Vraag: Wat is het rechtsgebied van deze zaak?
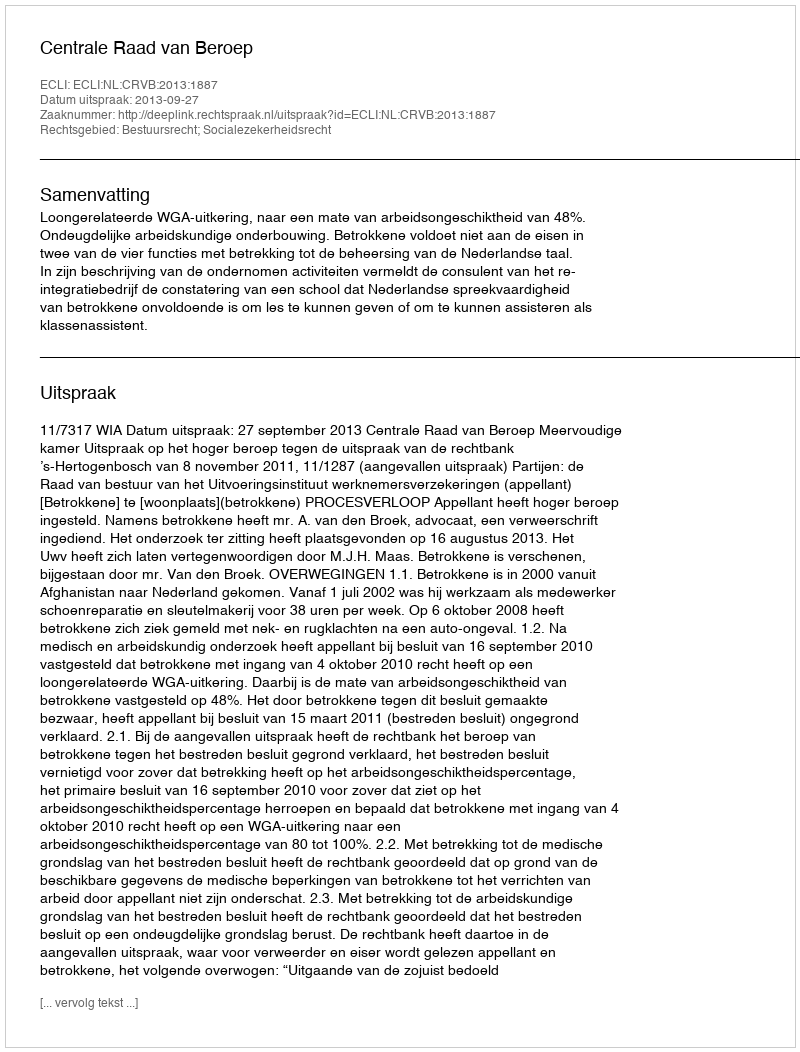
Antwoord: Bestuursrecht; Socialezekerheidsrecht